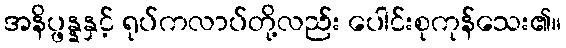
အနိပ္ဖန္နနှင့် ရုပ်ကလာပ်တို့လည်း ပေါင်းစုကုန်သေး၏။